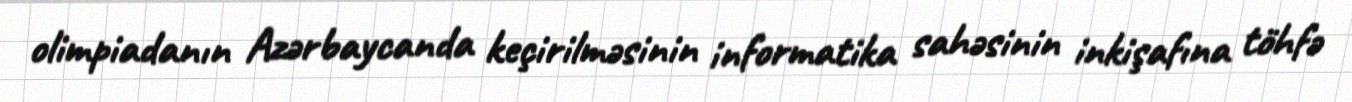
olimpiadanın Azərbaycanda keçirilməsinin informatika sahəsinin inkişafına töhfə